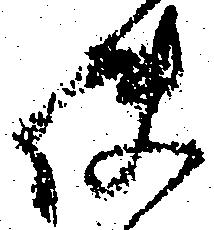
使